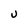
Character: U